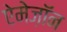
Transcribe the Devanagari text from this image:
ऐमेज़ॉन